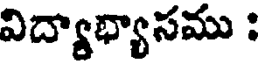
విద్యాభ్యాసము :